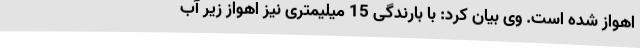
اهواز شده است. وی بیان کرد: با بارندگی 15 میلیمتری نیز اهواز زیر آب